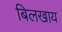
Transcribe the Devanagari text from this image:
बिलखाय